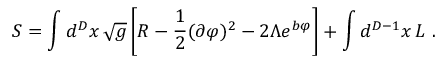
S = \int d ^ { D } x \, \sqrt { g } \left[ { \cal R } - \frac { 1 } { 2 } ( \partial \varphi ) ^ { 2 } - 2 \Lambda e ^ { b \varphi } \right] + \int d ^ { D - 1 } x \, { \cal L } \ .